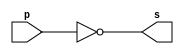
// ------------------------- 
// Exemplo0002 - NOT 
// Nome:Rafael Lopes Barbosa 
// ------------------------- 
// ------------------------- 
// -- not gate 
// ------------------------- 
module notgate (output s, 
input p); 
assign s = ~p; 
endmodule // notgate 
// ------------------------- 
// -- test not gate 
// ------------------------- 
module testnotgate; 
// ------------------------- dados locais 
reg a; // definir registrador 
// (variavel independente) 
wire s; // definir conexao (fio) 
// (variavel dependente ) 
// ------------------------- instancia 
notgate NOT1 (s, a); 
// ------------------------- preparacao 
initial begin:start 
a=0; 
end 
// ------------------------- parte principal 
initial begin 
$display("Exemplo0002 - Rafael Lopes Barbosa- 435052"); 
$display("Test NOT gate"); 
$display("\n~a = s\n"); 
a=0; 
#1 $display("~%b = %b", a, s); 
a=1; 
#1 $display("~%b = %b", a, s); 
end 
endmodule // testnotgate